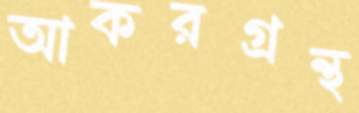
আকরগ্রন্থ